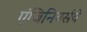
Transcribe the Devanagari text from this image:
एंजिनियर्सचे